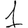
Digit: 1